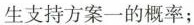
生支持方案一的概率；